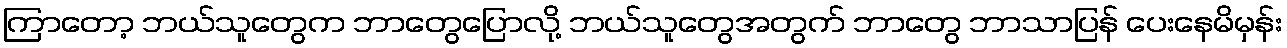
ကြာတော့ ဘယ်သူတွေက ဘာတွေပြောလို့ ဘယ်သူတွေအတွက် ဘာတွေ ဘာသာပြန် ပေးနေမိမှန်း